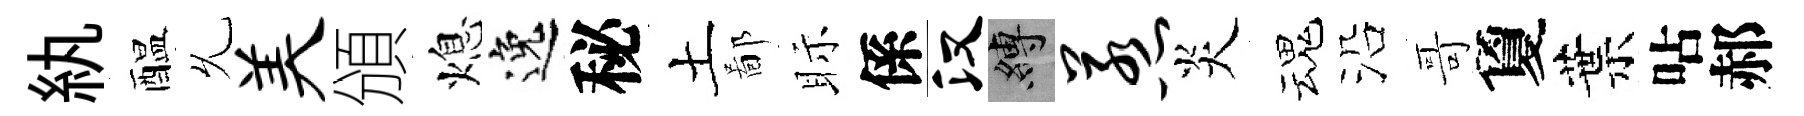
紈醖𠃔美頒熄逸秘土鄙眎係汉縛惹炎魂沿哥夐葉呫郝